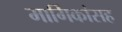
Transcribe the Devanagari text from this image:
मार्गिकांसह